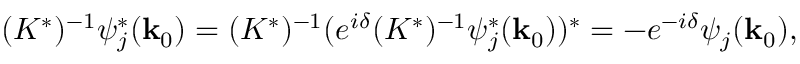
( K ^ { * } ) ^ { - 1 } \psi _ { j } ^ { * } ( { \bf k } _ { 0 } ) = ( K ^ { * } ) ^ { - 1 } ( e ^ { i \delta } ( K ^ { * } ) ^ { - 1 } \psi _ { j } ^ { * } ( { \bf k } _ { 0 } ) ) ^ { * } = - e ^ { - i \delta } \psi _ { j } ( { \bf k } _ { 0 } ) ,